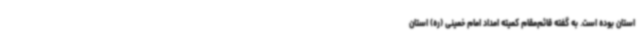
استان بوده است. به گفته قائم‌مقام کمیته امداد امام خمینی (ره) استان